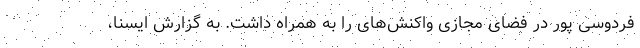
فردوسی پور در فضای مجازی واکنش‌های را به همراه داشت. به گزارش ایسنا،